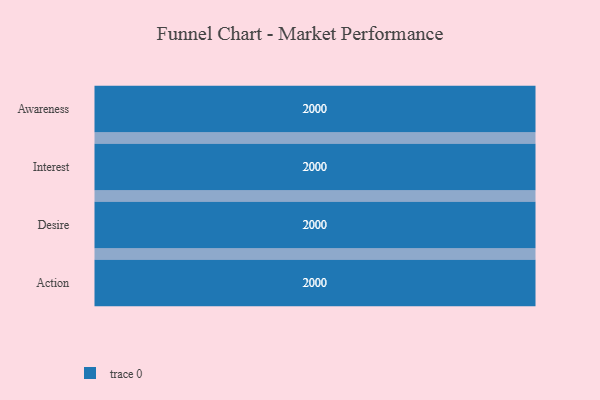
{"axis": {"x": "Stage", "y": "Value"}, "legend": [""], "data": [{"x": "Awareness", "y": 2000, "type": ""}, {"x": "Interest", "y": 2000, "type": ""}, {"x": "Desire", "y": 2000, "type": ""}, {"x": "Action", "y": 2000, "type": ""}]}